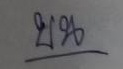
บน